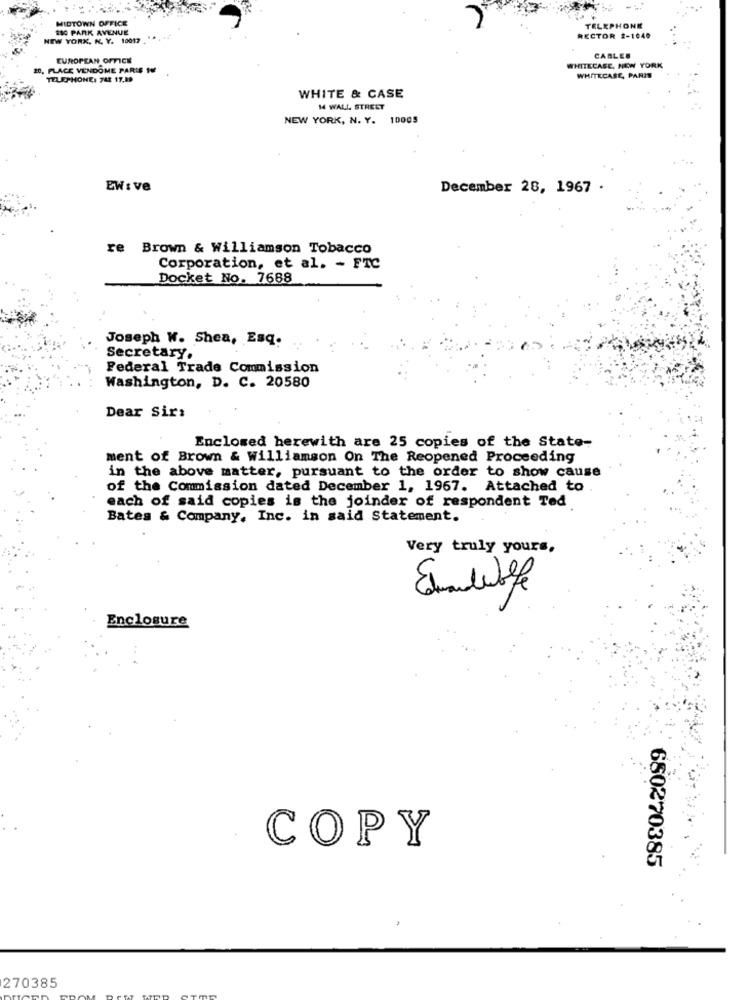
MIDTOWN OFFICE
880 PARK AVENUE
TELEPHONE
NEW YORK, N. Y. 10017
RECTOR 2-1040
EUROPEAN OFFICE
CABLES
20, PLACE VENDOME PARIS 14
WHITECASE, NEW YORK
TELEPHONE: 742 17.89
WHITECASE, PARIS
WHITE & CASE
W WALL STREET
NEW YORK, N. Y. 10005
EW : ve
December 28, 1967 .
re Brown & Williamson Tobacco
Corporation, et al. - FTC
Docket No. 7688
Joseph W. Shea, Esq.
Secretary,
Federal Trade Commission
Washington, D. C. 20580
Dear Sir:
Enclosed herewith are 25 copies of the State-
ment of Brown & Williamson On The Reopened Proceeding
in the above matter, pursuant to the order to show cause
of the Commission dated December 1, 1967. Attached to
each of said copies is the joinder of respondent Ted
Bates & Company, Inc. in said Statement.
Very truly yours,
Enclosure
COPY
680270385
270385